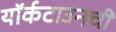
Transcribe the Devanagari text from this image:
यॉर्कटाउनची